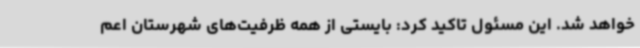
خواهد شد. این مسئول تاکید کرد: بایستی از همه ظرفیت‌های شهرستان اعم